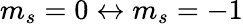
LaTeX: m_{s}=0\leftrightarrow m_{s}=-1